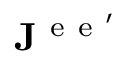
\mathbf { J } ^ { \mathrm { ~ e ~ e ~ } ^ { \prime } }